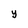
Character: y